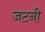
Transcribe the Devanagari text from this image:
जटनी